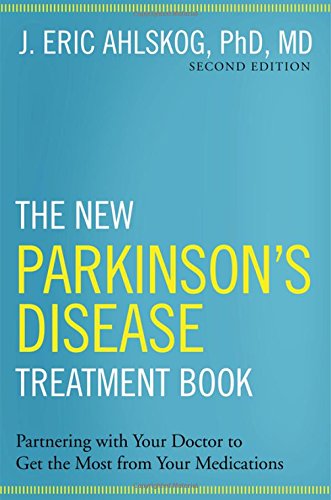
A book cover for The New Parkinson's Disease Treatment Book: Partnering with Your Doctor To Get the Most from Your Medications; J. Eric Ahlskog  PhD  MD; Health, Fitness & Dieting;